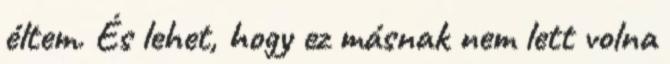
éltem. És lehet, hogy ez másnak nem lett volna